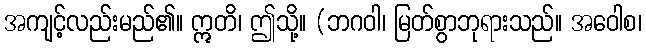
အကျင့်လည်းမည်၏။ ဣတိ၊ ဤသို့။ (ဘဂဝါ၊ မြတ်စွာဘုရားသည်။ အဝေါစ၊